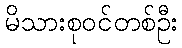
မိသားစုဝင်တစ်ဦး